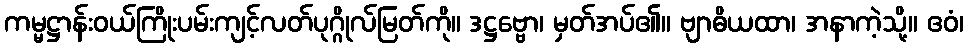
ကမ္မဋ္ဌာန်းဝယ်ကြိုးပမ်းကျင့်လတ်ပုဂ္ဂိုလ်မြတ်ကို။ ဒဋ္ဌဗ္ဗော၊ မှတ်အပ်၏။ ဗျာဓိယထာ၊ အနာကဲ့သို့။ ဧဝံ၊